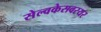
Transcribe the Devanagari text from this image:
सेल्वकेसवरयर